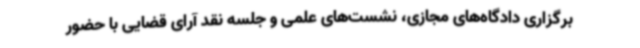
برگزاری دادگاه‌های مجازی، نشست‌های علمی و جلسه نقد آرای قضایی با حضور